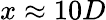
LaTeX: x\approx 10D